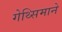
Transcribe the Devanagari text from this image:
गेथ्सिमाने